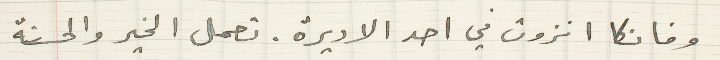
وفانكا انزوت في احد الاديرة. تعمل الخير والحسنة